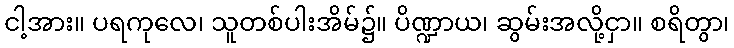
ငါ့အား။ ပရကုလေ၊ သူတစ်ပါးအိမ်၌။ ပိဏ္ဍာယ၊ ဆွမ်းအလို့ငှာ။ စရိတွာ၊